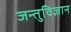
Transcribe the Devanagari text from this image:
जन्तुविज्ञान